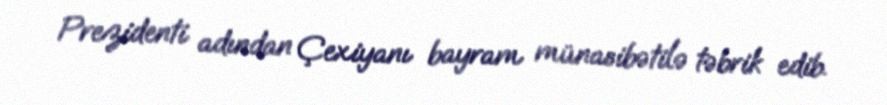
Prezidenti adından Çexiyanı bayram münasibətilə təbrik edib.